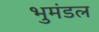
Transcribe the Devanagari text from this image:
भुमंडल